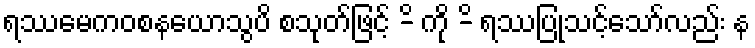
ရဿမေကဝစနယောသွပိ စသုတ်ဖြင့် -ိ ကို -ိ ရဿပြုသင့်သော်လည်း န